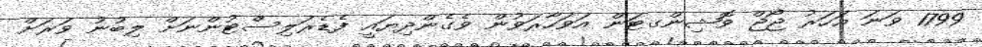
1799 ވަނަ އަހަރު ޖޯޖް ވޮޝިންގޓަން އަވަހާރަވުން ވެގެންދިޔައީ ފެޑެރަލިސްޓުންނަށް ލިބުނު ވަރަށް